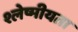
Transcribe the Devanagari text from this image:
श्लेष्मीयता